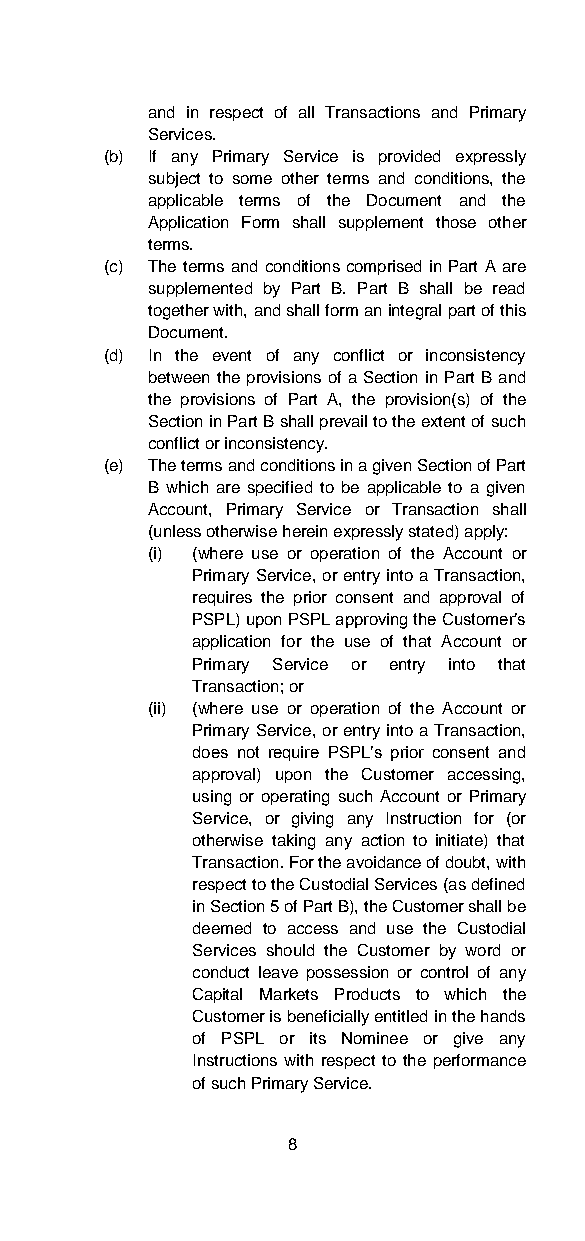
and in respect of all Transactions and Primary
 Services.
 (b) If any Primary Service is provided expressly
 subject to some other terms and conditions, the
 applicable terms of the Document and the
 Application Form shall supplement those other
 terms.
 (c) The terms and conditions comprised in Part A are
 supplemented by Part B. Part B shall be read
 together with, and shall form an integral part of this
 Document.
 (d) In the event of any conflict or inconsistency
 between the provisions of a Section in Part B and
 the provisions of Part A, the provision(s) of the
 Section in Part B shall prevail to the extent of such
 conflict or inconsistency.
 (e) The terms and conditions in a given Section of Part
 B which are specified to be applicable to a given
 Account, Primary Service or Transaction shall
 (unless otherwise herein expressly stated) apply:
 (i) (where use or operation of the Account or
 Primary Service, or entry into a Transaction,
 requires the prior consent and approval of
 PSPL) upon PSPL approving the Customer’s
 application for the use of that Account or
 Primary Service or entry into that
 Transaction; or
 (ii) (where use or operation of the Account or
 Primary Service, or entry into a Transaction,
 does not require PSPL’s prior consent and
 approval) upon the Customer accessing,
 using or operating such Account or Primary
 Service, or giving any Instruction for (or
 otherwise taking any action to initiate) that
 Transaction. For the avoidance of doubt, with
 respect to the Custodial Services (as defined
 in Section 5 of Part B), the Customer shall be
 deemed to access and use the Custodial
 Services should the Customer by word or
 conduct leave possession or control of any
 Capital Markets Products to which the
 Customer is beneficially entitled in the hands
 of PSPL or its Nominee or give any
 Instructions with respect to the performance
 of such Primary Service.
 8